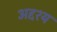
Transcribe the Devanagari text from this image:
अद्दश्य